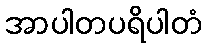
အာပါတပရိပါတံ